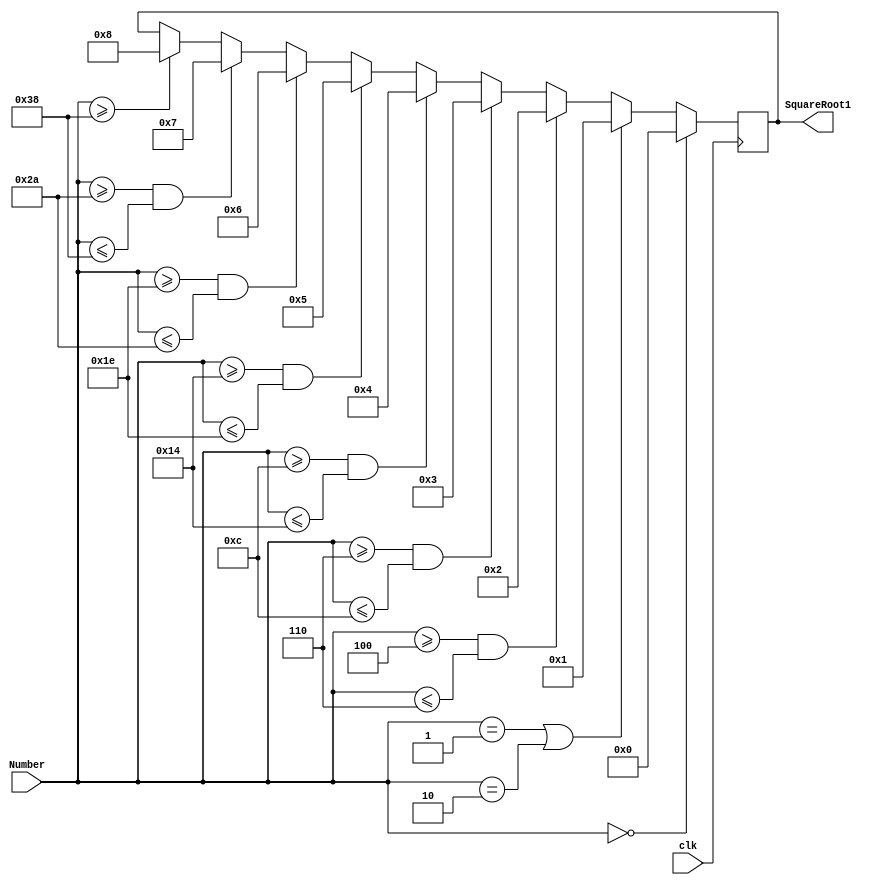
//since we know the values of square roots lie
//between 0 and 64 we will just compare and find
//the answer

//the value of square root appears at the first
//PGT

module MySqrt(Number,SquareRoot1,clk);
	input [6:0] Number;//can change this later
	input clk;
	wire clk;
	output [3:0] SquareRoot1;

	wire [6:0] Number;
	wire [3:0] SquareRoot1;
	reg [3:0] SquareRoot;

	assign SquareRoot1=SquareRoot;

	always@(posedge clk)begin
		if(Number==1'b0)
			SquareRoot<=4'd0;
		else if(Number==7'd1 || Number ==7'd2)
			SquareRoot<=1;
		else if(Number>=7'd4 && Number <=7'd6)
			SquareRoot<=4'd2;
		else if(Number>=7'd6  && Number <=7'd12)
			SquareRoot<=4'd3;
		else if(Number>=7'd12  && Number <=7'd20)
			SquareRoot<=4'd4;
		else if(Number>=7'd20  && Number <=7'd30)
			SquareRoot<=4'd5;
		else if(Number>=7'd30  && Number <=7'd42)
			SquareRoot<=4'd6;
		else if(Number>=7'd42  && Number <=7'd56)
			SquareRoot<=4'd7;
		else if(Number>=7'd56)
			SquareRoot<=4'd8;
	end
endmodule

module TestMySqrt();
	reg [6:0] squared;
	reg clock;
	wire [3:0] store;//testing

	MySqrt i0(.Number(squared),.SquareRoot1(store),.clk(clock));
	initial begin
	squared=7'd6;
	clock=1'b0;
	$dumpfile("MySqrt.vcd");
	$dumpvars(0);
	#50$display("The value of square root is %3d\n",store);
	#100 $finish;
	end

	always 
	#10 clock=!clock;

endmodule

/*
0->0
0.5-> 0.25 ~ 0
1->1
1.5->2.25 ~2
2->4
2.5->6.25 ~6
3->9
3.5->12.25 ~ 12
4->16
4.5->20.25 ~ 20
5->25
5.5->30.25 ~ 30
6->36
6.5->42.25 ~ 42
7->49
7.5->56.25 ~ 56
8->64

*/